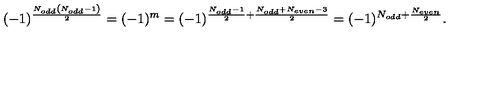
( - 1 ) ^ { \frac { N _ { o d d } \left( N _ { o d d } - 1 \right) } { 2 } } = ( - 1 ) ^ { m } = ( - 1 ) ^ { \frac { N _ { o d d } - 1 } { 2 } + \frac { N _ { o d d } + N _ { e v e n } - 3 } { 2 } } = ( - 1 ) ^ { N _ { o d d } + \frac { N _ { e v e n } } { 2 } } .